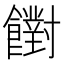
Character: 𩟡